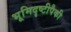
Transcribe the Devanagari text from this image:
भूमिदृष्टीपैकी